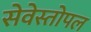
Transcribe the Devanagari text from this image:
सेवेस्तोपल